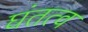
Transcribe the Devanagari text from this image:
घंतत्व